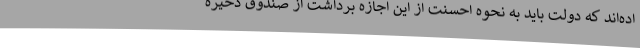
اده‌اند که دولت باید به نحوه احسنت از این اجازه برداشت از صندوق ذخیره